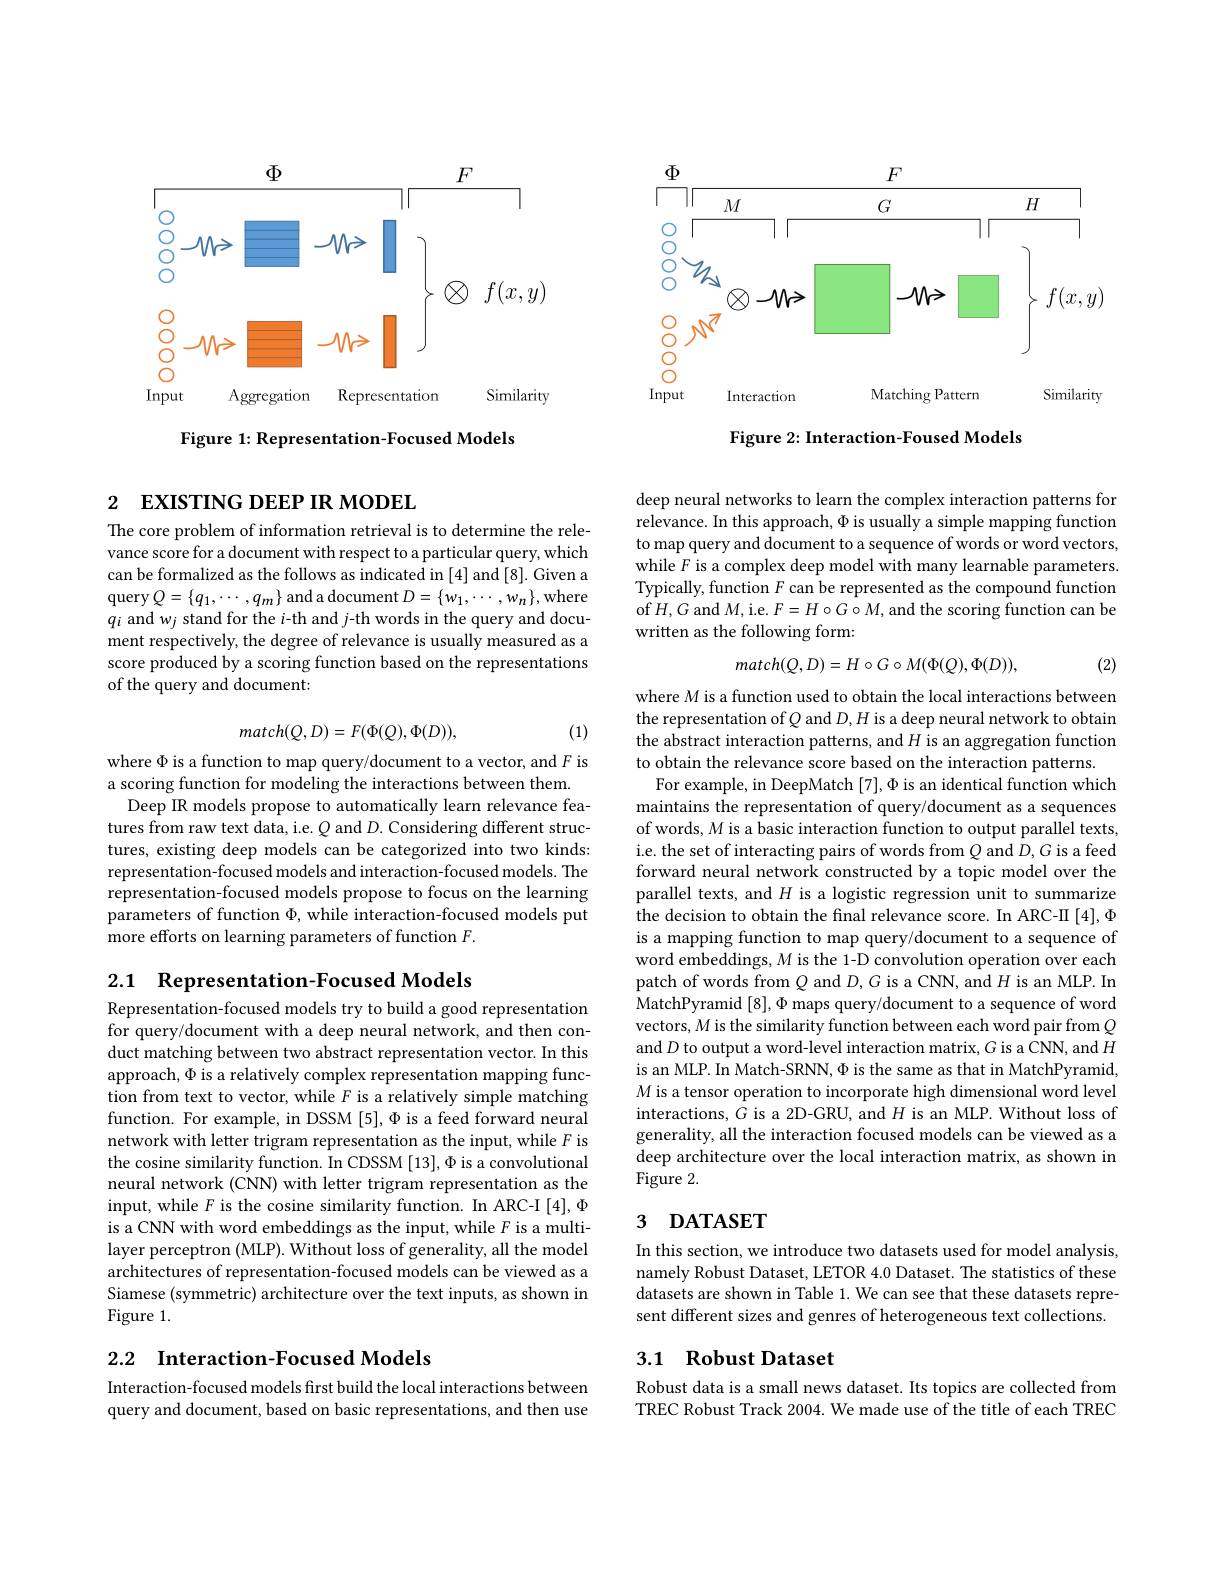
<FigureHere>

Figure 1: Representation-Focused Models

# 2 EXISTING DEEP IR MODEL

The core problem of information retrieval is to determine the relevance score for a document with respect to a particular query, which can be formalized as the follows as indicated in [4] and [8]. Given a query$Q= \{ q_{1}, \cdots , q_{m}\}$ and a document $D=\{w_{1},\cdots,w_{n}\}$,where $q_i$ and $w_j$ stand for the $i$-th and $j$-th words in the query and document respectively, the degree of relevance is usually measured as a score produced by a scoring function based on the representations of the query and document:

(1)
$$match(Q,D)=F(\Phi(Q),\Phi(D)),$$
where $\Phi$ is a function to map query/document to a vector, and $F$ is
a scoring function for modeling the interactions between them.
Deep IR models propose to automatically learn relevance features from raw text data, i.e. $Q$ and $D.$ Considering different structures, existing deep models can be categorized into two kinds: representation-focused models and interaction-focused models. The representation-focused models propose to focus on the learning parameters of function $\Phi$, while interaction-focused models put more efforts on learning parameters of function $F.$

2.1 Representation-Focused Models

Representation-focused models try to build a good representation for query/document with a deep neural network, and then conduct matching between two abstract representation vector. In this approach, $\Phi$ is a relatively complex representation mapping function from text to vector, while $F$ is a relatively simple matching function. For example, in DSSM [5], Φ is a feed forward neural network with letter trigram representation as the input, while $F$ is the cosine similarity function. In CDSSM [13], Φ is a convolutional neural network (CNN) with letter trigram representation as the input, while $F$ is the cosine similarity function. In ARC-I [4], $\Phi$ is a CNN with word embeddings as the input, while $F$ is a multilayer perceptron (MLP). Without loss of generality, all the model architectures of representation-focused models can be viewed as a Siamese (symmetric) architecture over the text inputs, as shown in Figure 1.

## 2.2 Interaction-Focused Models

Interaction-focused models first build the local interactions between query and document, based on basic representations, and then use

<FigureHere>

Figure 2: Interaction-Foused Models

deep neural networks to learn the complex interaction patterns for relevance. In this approach, $\Phi$ is usually a simple mapping function to map query and document to a sequence of words or word vectors, while $F$ is a complex deep model with many learnable parameters. Typically, function $F$ can be represented as the compound function of$H,G$ and $M$,i.e. $F=H\circ G\circ M$, and the scoring function can be written as the following form:
$$match(Q,D)=H\circ G\circ M(\Phi(Q),\Phi(D)),$$
(2)

where $M$ is a function used to obtain the local interactions between the representation of $Q$ and $D,H$ is a deep neural network to obtain the abstract interaction patterns, and $H$ is an aggregation function to obtain the relevance score based on the interaction patterns.
For example, in DeepMatch $[7],\Phi$ is an identical function which maintains the representation of query/document as a sequences of words, $M$ is a basic interaction function to output parallel texts, i.e. the set of interacting pairs of words from $Q$ and $D,G$ is a feed forward neural network constructed by a topic model over the parallel texts, and $H$ is a logistic regression unit to summarize the decision to obtain the final relevance score. In ARC-II [4], Φ is a mapping function to map query/document to a sequence of word embeddings, $M$ is the 1-D convolution operation over each patch of words from $Q$ and $D,G$ is a CNN, and $H$ is an MLP. In MatchPyramid [8], $\Phi$ maps query/document to a sequence of word vectors, $M$ is the similarity function between each word pair from $Q$ and $D$ to output a word-level interaction matrix, $G$ is a CNN, and $H$ is an MLP. In Match-SRNN, $\Phi$ is the same as that in MatchPyramid, M is a tensor operation to incorporate high dimensional word level interactions, $G$ is a 2D-GRU, and $H$ is an MLP. Without loss of generality, all the interaction focused models can be viewed as a deep architecture over the local interaction matrix, as shown in Figure 2.

## 3 DATASET

In this section, we introduce two datasets used for model analysis, namely Robust Dataset, LETOR 4.0 Dataset. The statistics of these datasets are shown in Table 1. We can see that these datasets represent different sizes and genres of heterogeneous text collections.

## 3.1 Robust Dataset

Robust data is a small news dataset. Its topics are collected from TREC Robust Track 2004. We made use of the title of each TREC